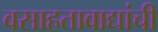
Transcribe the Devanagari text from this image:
वसाहतावाद्यांची